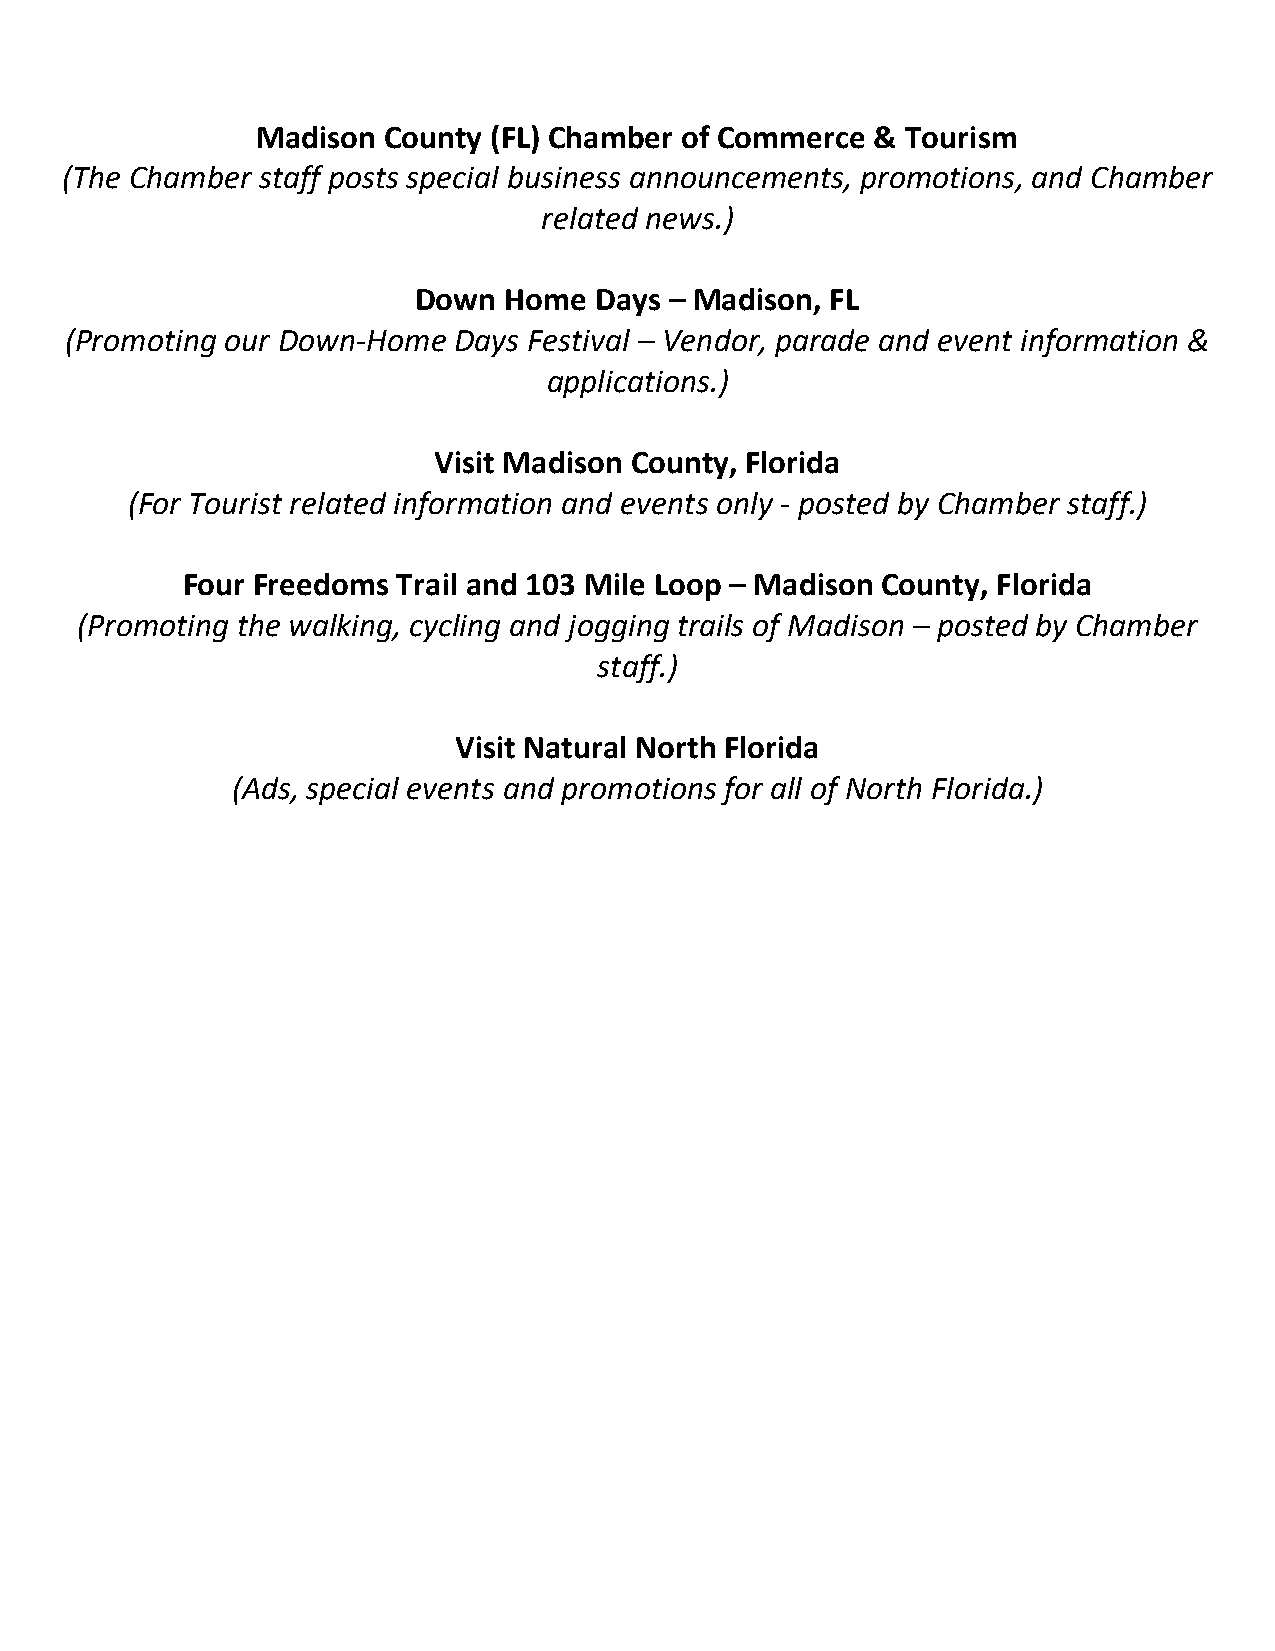
Madison County  (FL) Chamber of Commerce & Tourism
 (The Chamber staff posts special business announcements, promotions, and Chamber
 related news.)
 Down  Home  Days – Madison, FL
 (Promoting our Down-Home  Days Festival – Vendor, parade and event information &
 applications.)
 Visit Madison County, Florida
 (For Tourist related information and events only - posted by Chamber staff.)
 Four Freedoms Trail and 103 Mile Loop – Madison County, Florida
 (Promoting the walking, cycling and jogging trails of Madison – posted by Chamber
 staff.)
 Visit Natural North Florida
 (Ads, special events and promotions for all of North Florida.)